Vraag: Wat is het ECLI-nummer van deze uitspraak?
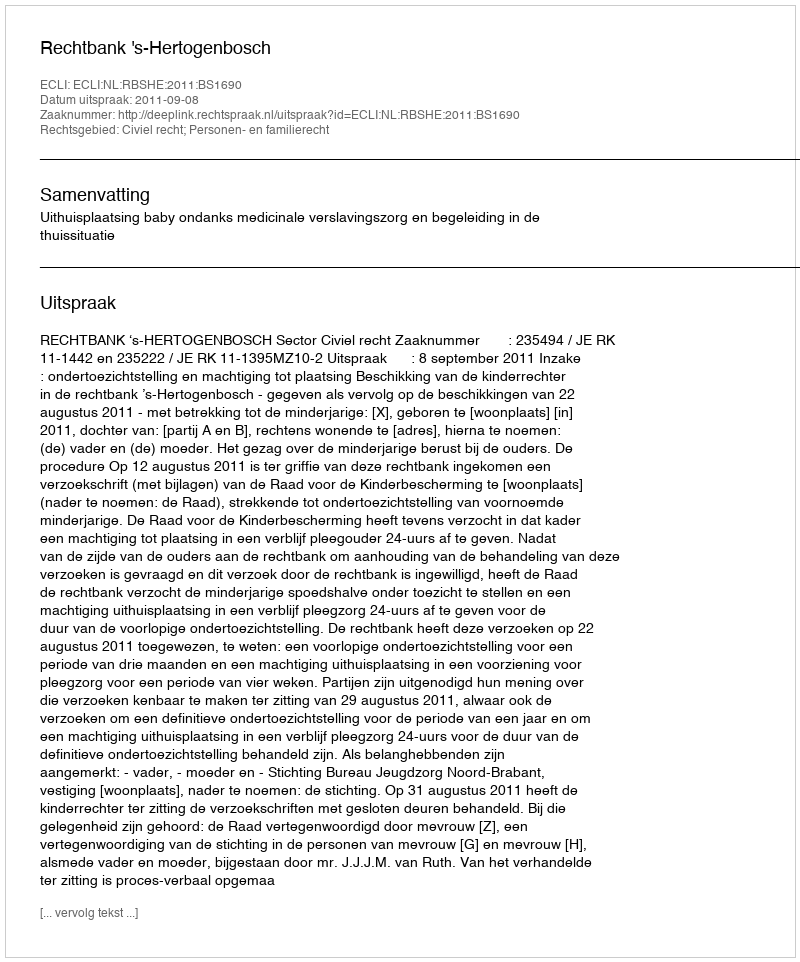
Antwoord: ECLI:NL:RBSHE:2011:BS1690